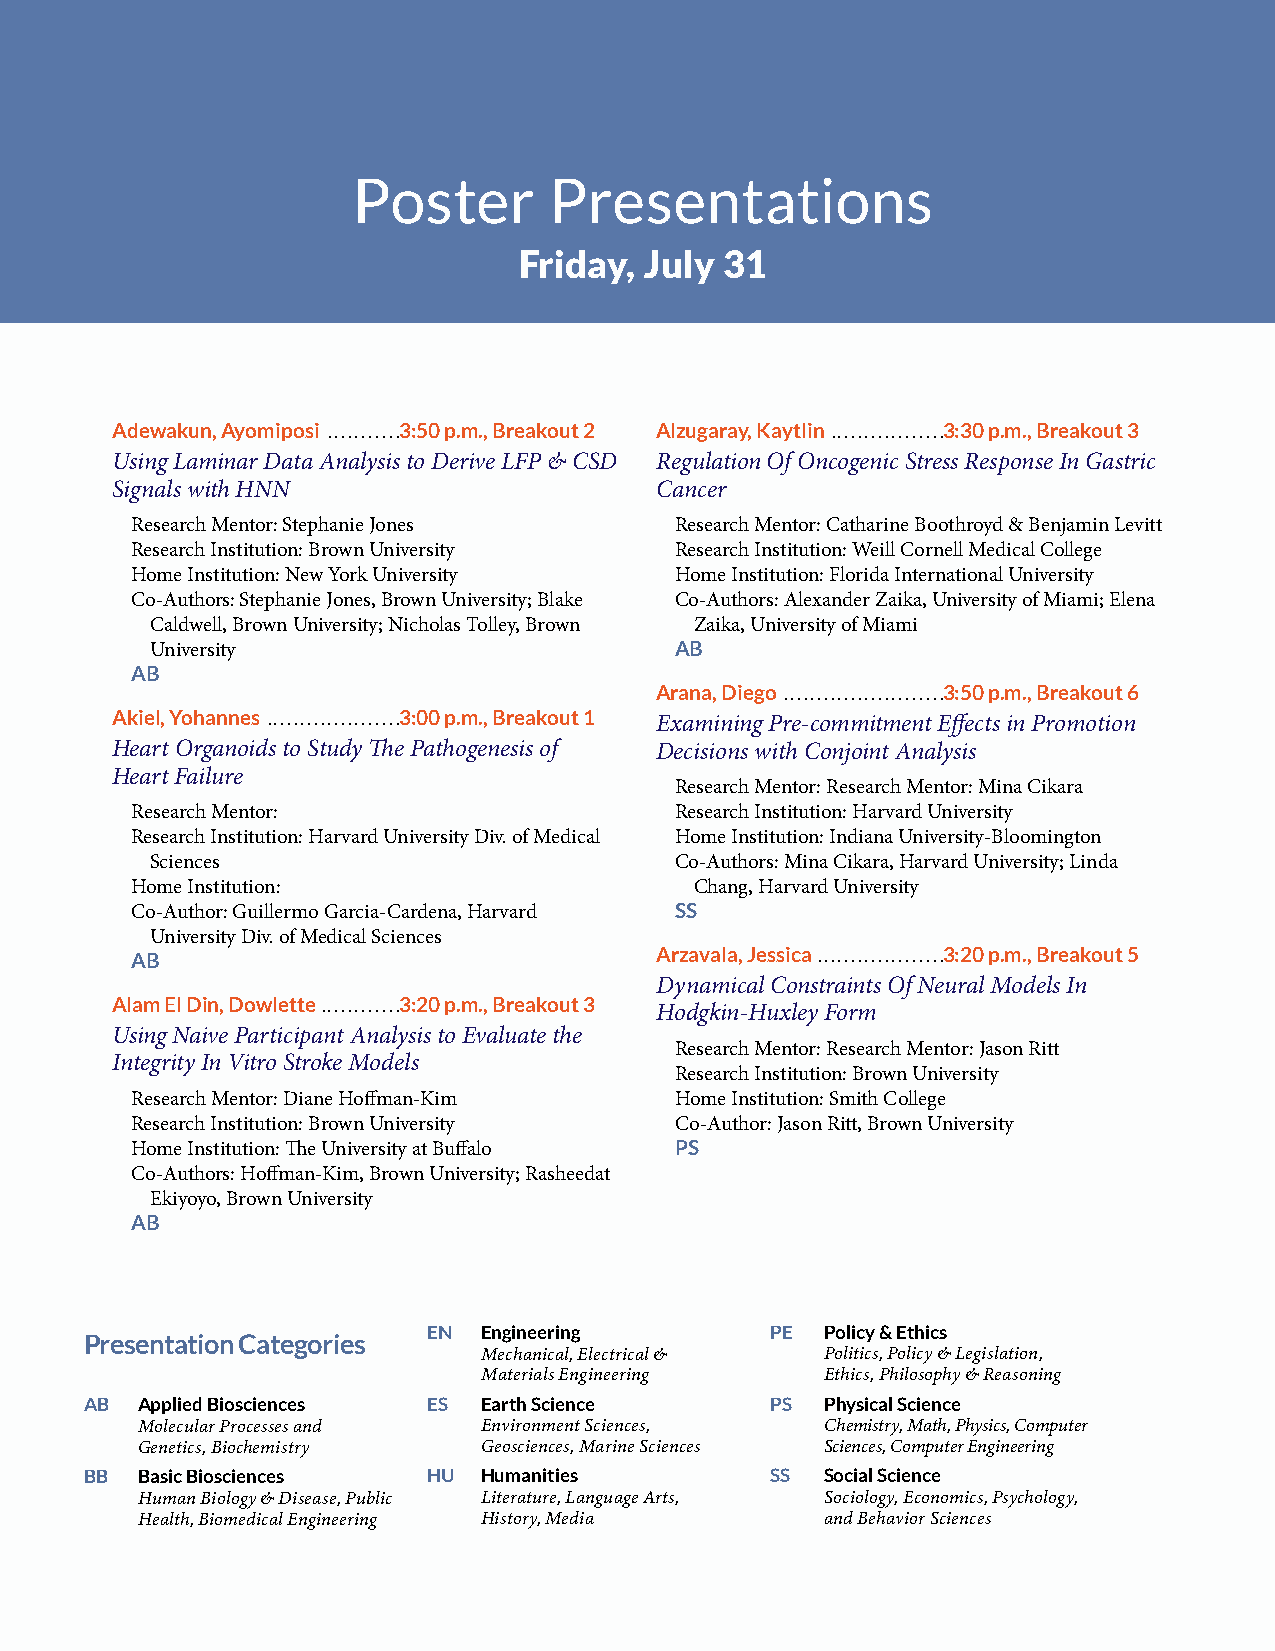
Poster       Presentations
 Friday,  July 31
 Adewakun, Ayomiposi ...........3:50 p.m., Breakout 2 Alzugaray, Kaytlin .................3:30 p.m., Breakout 3
 Using Laminar Data Analysis to Derive LFP & CSD Regulation Of Oncogenic Stress Response In Gastric
 Signals with HNN                    Cancer
 Research Mentor: Stephanie Jones    Research Mentor: Catharine Boothroyd & Benjamin Levitt
 Research Institution: Brown University Research Institution: Weill Cornell Medical College
 Home Institution: New York University Home Institution: Florida International University
 Co-Authors: Stephanie Jones, Brown University; Blake Co-Authors: Alexander Zaika, University of Miami; Elena
 Caldwell, Brown University; Nicholas Tolley, Brown Zaika, University of Miami
 University                         AB
 AB
 Arana, Diego ........................3:50 p.m., Breakout 6
 Akiel, Yohannes ....................3:00 p.m., Breakout 1
 Examining Pre-commitment Efects in Promotion
 Heart Organoids to Study Te Pathogenesis of Decisions with Conjoint Analysis
 Heart Failure
 Research Mentor: Research Mentor: Mina Cikara
 Research Mentor:                    Research Institution: Harvard University
 Research Institution: Harvard University Div. of Medical Home Institution: Indiana University-Bloomington
 Sciences                           Co-Authors: Mina Cikara, Harvard University; Linda
 Home Institution:                    Chang, Harvard University
 Co-Author: Guillermo Garcia-Cardena, Harvard SS
 University Div. of Medical Sciences
 AB                                Arzavala, Jessica ...................3:20 p.m., Breakout 5
 Dynamical Constraints Of Neural Models In
 Alam El Din, Dowlette ............3:20 p.m., Breakout 3
 Hodgkin-Huxley Form
 Using Naive Participant Analysis to Evaluate the
 Research Mentor: Research Mentor: Jason Ritt
 Integrity In Vitro Stroke Models
 Research Institution: Brown University
 Research Mentor: Diane Hofman-Kim   Home Institution: Smith College
 Research Institution: Brown University Co-Author: Jason Ritt, Brown University
 Home Institution: Te University at Bufalo PS
 Co-Authors: Hofman-Kim, Brown University; Rasheedat
 Ekiyoyo, Brown University
 AB
 EN  Engineering        PE  Policy & Ethics
 Presentation Categories
 Mechanical, Electrical & Politics, Policy & Legislation,
 Materials Engineering  Ethics, Philosophy & Reasoning
 AB Applied Biosciences ES Earth Science      PS  Physical Science
 Molecular Processes and Environment Sciences, Chemistry, Math, Physics, Computer
 Genetics, Biochemistry Geosciences, Marine Sciences Sciences, Computer Engineering
 BB Basic Biosciences  HU  Humanities         SS  Social Science
 Human Biology & Disease, Public Literature, Language Arts, Sociology, Economics, Psychology,
 Health, Biomedical Engineering History, Media and Behavior Sciences